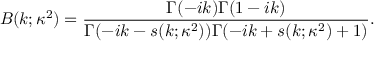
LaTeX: B ( k ; \kappa ^ { 2 } ) = \frac { \Gamma ( - i k ) \Gamma ( 1 - i k ) } { \Gamma ( - i k - s ( k ; \kappa ^ { 2 } ) ) \Gamma ( - i k + s ( k ; \kappa ^ { 2 } ) + 1 ) } .